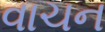
વાચન